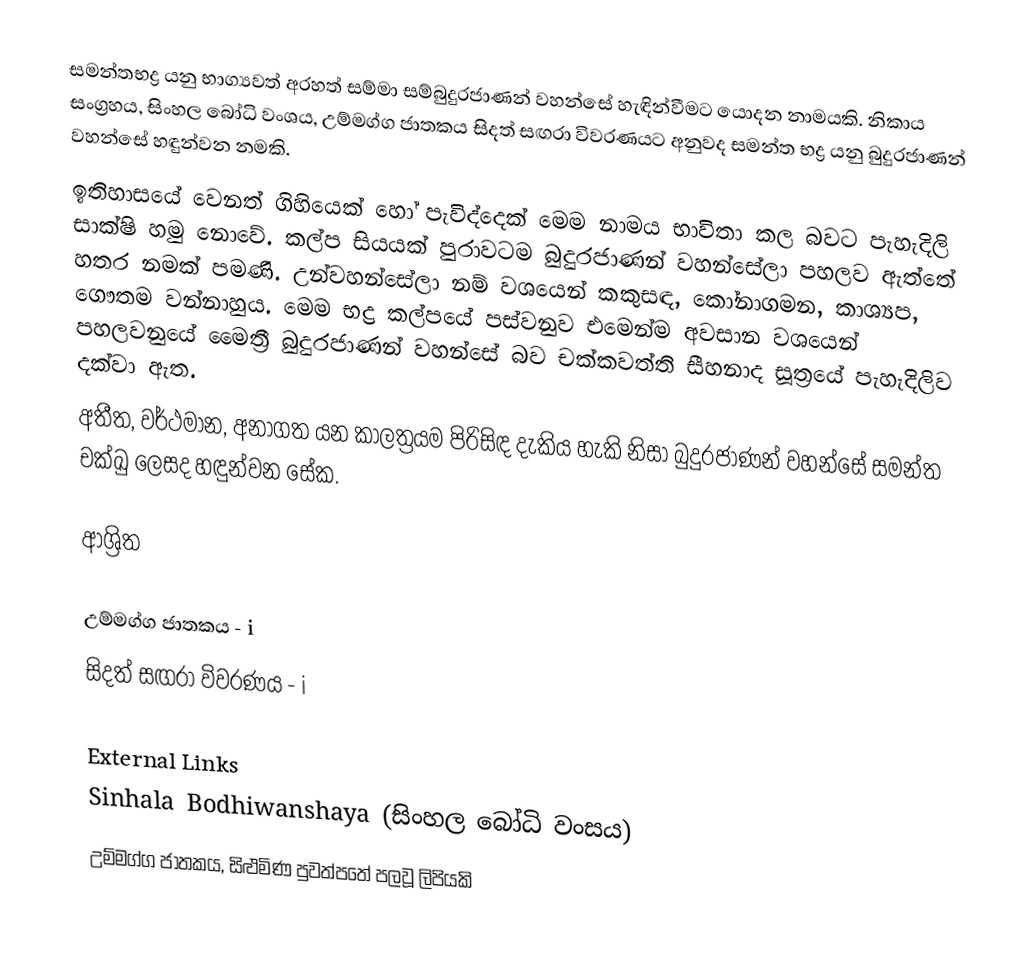
සමන්තභද්‍ර යනු භාග්‍යවත් අරහත් සම්මා සම්බුදුරජාණන් වහන්සේ හැඳින්වීමට යොදන නාමයකි. නිකාය සංග්‍රහය, සිංහල බෝධි වංශය, උම්මග්ග ජාතකය   සිදත් සඟරා විවරණයට අනුවද සමන්ත භද්‍ර යනු බුදුරජාණන් වහන්සේ හඳුන්වන නමකි.
ඉතිහාසයේ වෙනත් ගිහියෙක් හෝ පැවිද්දෙක් මෙම නාමය භාවිතා කල බවට පැහැදිලි සාක්ෂි හමු නොවේ. කල්ප සියයක් පුරාවටම බුදුරජාණන් වහන්සේලා පහලව ඇත්තේ හතර නමක් පමණි. උන්වහන්සේලා නම් වශයෙන් කකුසඳ, කෝනාගමන, කාශ්‍යප, ගෞතම වන්නාහුය. මෙම භද්‍ර කල්පයේ පස්වනුව එමෙන්ම අවසාන වශයෙන් පහලවනුයේ මෛත්‍රී බුදුරජාණන් වහන්සේ බව චක්කවත්ති සීහනාද සූත්‍රයේ පැහැදිලිව දක්වා ඇත.
අතීත, වර්ථමාන, අනාගත යන කාලත්‍රයම පිරිසිඳ දැකිය හැකි නිසා බුදුරජාණන් වහන්සේ සමන්ත චක්ඛු ලෙසද හඳුන්වන සේක.

ආශ්‍රිත

උම්මග්ග ජාතකය - i
සිදත් සඟරා විවරණය - i

External Links
Sinhala Bodhiwanshaya (සිංහල බෝධි වංසය)
උම්මග්ග ජාතකය, සිළුමිණ පුවත්පතේ පලවූ ලිපියකි